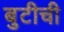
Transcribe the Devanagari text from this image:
बुटीची